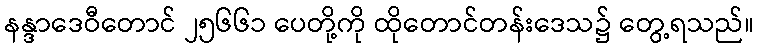
နန္ဒာဒေဝီတောင် ၂၅၆၆၁ ပေတို့ကို ထိုတောင်တန်းဒေသ၌ တွေ့ရသည်။